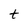
Character: t